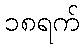
၁၈ရက်